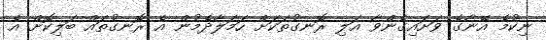
ނިކުމެ އޭނާގެ ވަށައިގެންވާ އަލި ރޮނގުތަކަށް ހަމަލާދެމުން އެ ރޮނގުތައް ބަލިކޮށް އެ